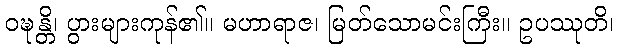
ဝဍ္ဎန္တိ၊ ပွားများကုန်၏။ မဟာရာဇ၊ မြတ်သောမင်းကြီး။ ဥပဿုတိ၊